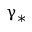
\upgamma _ { \ast }